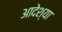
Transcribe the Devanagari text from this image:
आदेश्या